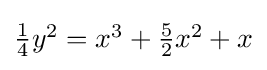
{\textstyle {\frac {1}{4}}y^{2}=x^{3}+{\frac {5}{2}}x^{2}+x}